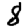
Digit: 8